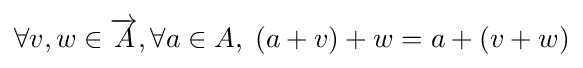
\forall v,w\in {\overrightarrow {A}},\forall a\in A,\;(a+v)+w=a+(v+w)